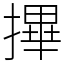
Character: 𢳂